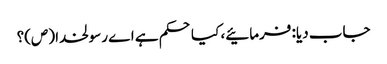
جاب دیا: فرمائیے، کیا حکم ہے اے رسولخدا (ص)؟